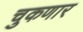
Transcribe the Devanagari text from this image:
चुकणार